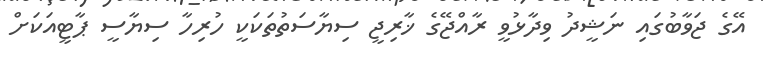
އޭގެ ޖަވާބުގައި ނަޝީދު ވިދާޅުވީ ރާއްޖޭގެ ޚާރިޖީ ސިޔާސަތުތަކަކީ ހުރިހާ ސިޔާސީ ޕާޓީއަކަށް